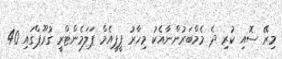
މިރޭ ސޮއި ކުރި ދެ މެމްބަރުންނާއެކު މިހާރު ޕީޕީއެމް ޕަލަމެންޓްރީ ގުރޫޕްގައި 40